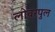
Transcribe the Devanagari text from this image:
लोवरपुल